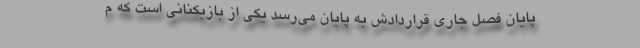
پایان فصل جاری قراردادش به پایان می‌رسد یکی از بازیکنانی است که م